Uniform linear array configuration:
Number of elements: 24
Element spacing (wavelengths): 1
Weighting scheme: blackman
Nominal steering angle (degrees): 15
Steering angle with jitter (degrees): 13.612
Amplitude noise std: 0.05
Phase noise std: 0.05

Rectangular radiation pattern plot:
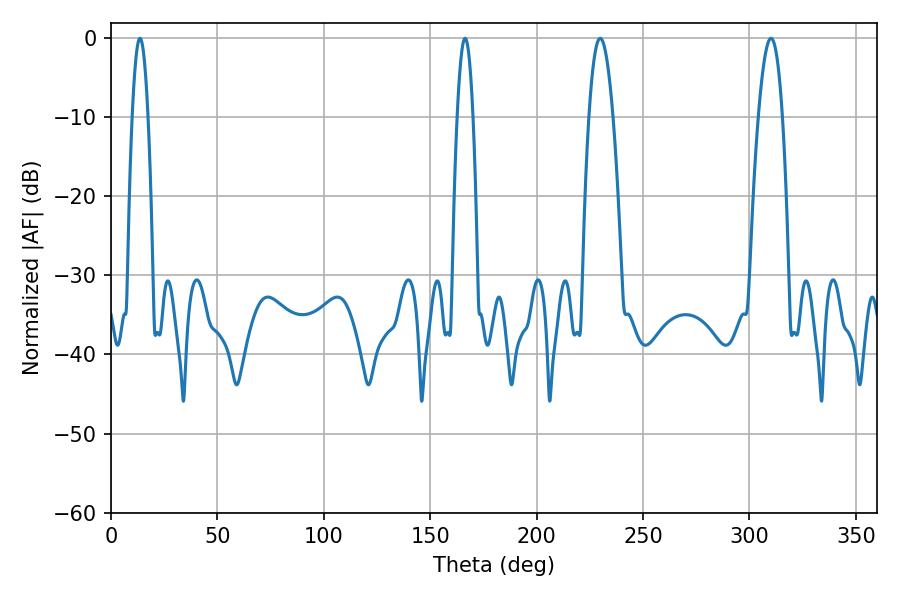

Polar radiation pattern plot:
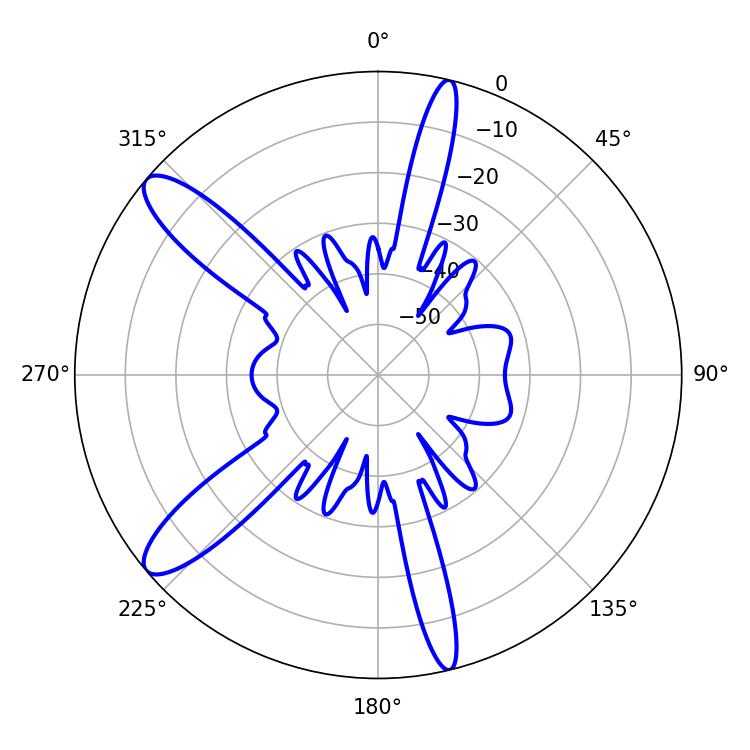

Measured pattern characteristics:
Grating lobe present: TRUE
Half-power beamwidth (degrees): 6.3
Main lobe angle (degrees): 229.86